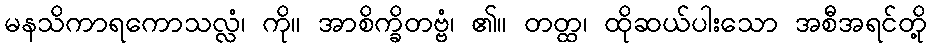
မနသိကာရကောသလ္လံ၊ ကို။ အာစိက္ခိတဗ္ဗံ၊ ၏။ တတ္ထ၊ ထိုဆယ်ပါးသော အစီအရင်တို့